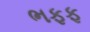
ભફફ